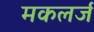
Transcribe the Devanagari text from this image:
मकलर्ज